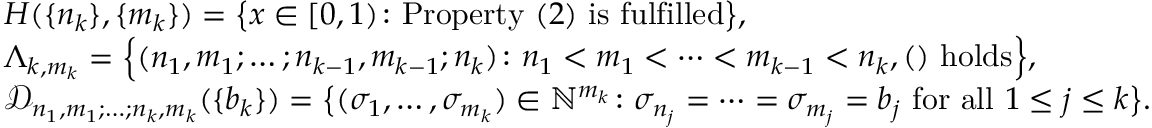
\begin{array} { r l } & { H ( \{ n _ { k } \} , \{ m _ { k } \} ) = \big \{ x \in [ 0 , 1 ) \colon \mathrm { P r o p e r t y ~ } ( 2 ) \mathrm { ~ i s ~ f u l f i l l e d } \big \} , } \\ & { \Lambda _ { k , m _ { k } } = \Big \{ ( n _ { 1 } , m _ { 1 } ; \ldots ; n _ { k - 1 } , m _ { k - 1 } ; n _ { k } ) \colon n _ { 1 } < m _ { 1 } < \cdots < m _ { k - 1 } < n _ { k } , ( ) \mathrm { ~ h o l d s } \Big \} , } \\ & { \mathcal { D } _ { n _ { 1 } , m _ { 1 } ; \ldots ; n _ { k } , m _ { k } } ( \{ b _ { k } \} ) = \big \{ ( \sigma _ { 1 } , \ldots , \sigma _ { m _ { k } } ) \in \mathbb { N } ^ { m _ { k } } \colon \sigma _ { n _ { j } } = \cdots = \sigma _ { m _ { j } } = b _ { j } \mathrm { ~ f o r ~ a l l ~ } 1 \leq j \leq k \big \} . } \end{array}